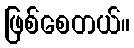
ဖြစ်စေတယ်။